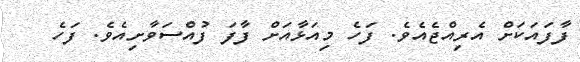
ފާފައަކަށް އެރިއްޖެއެވެ. ފަހެ މިއަޅާއަށް ފާފަ ފުއްސަވާށިއެވެ. ފަހެ